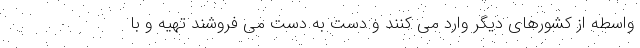
واسطه از کشورهای دیگر وارد می کنند و دست به دست می فروشند تهیه و با